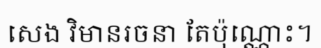
សេង វិមានរចនា តែប៉ុណ្ណោះ។